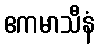
ဧကမာသီနံ